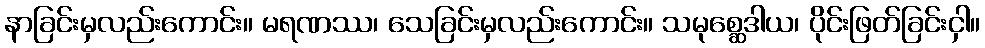
နာခြင်းမှလည်းကောင်း။ မရဏဿ၊ သေခြင်းမှလည်းကောင်း။ သမုစ္ဆေဒါယ၊ ပိုင်းဖြတ်ခြင်းငှါ။